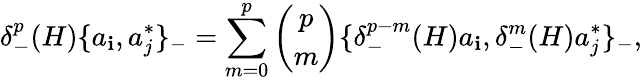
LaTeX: \delta_{-}^{p}(H)\{ a_{\mathbf{i}},a_{j}^{*}\} _{-}=\sum_{m=0}^{p}{\binom{p}{m}}\{ \delta_{-}^{p-m}(H)a_{\mathbf{i}},\delta_{-}^{m}(H)a_{j}^{*}\} _{-},